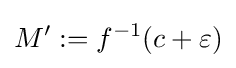
M':=f^{-1}(c+\varepsilon )